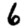
Digit: 6